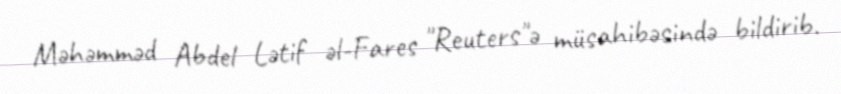
Məhəmməd Abdel Lətif əl-Fares "Reuters"ə müsahibəsində bildirib.